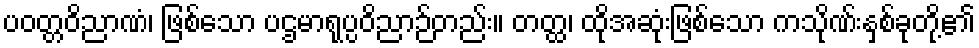
ပဝတ္တဝိညာဏံ၊ ဖြစ်သော ပဌမာရုပ္ပဝိညာဉ်တည်း။ တတ္ထ၊ ထိုအဆုံးဖြစ်သော ကသိုဏ်းနှစ်ခုတို့၏